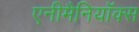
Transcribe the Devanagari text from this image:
एनीमैनियॉक्स